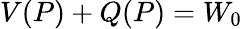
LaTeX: \begin{array}{r}{V(P)+Q(P)=W_{0}}\end{array}